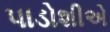
પાડોશીએ